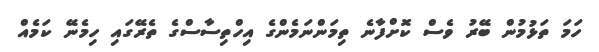
ހަމަ ތަޅުމުން ބޭރު ވެސް ކޮށްފާނެ ތިމަންނަމެންގެ އިހްތިސާސްގެ ތެރޭގައި ހިމެނޭ ކަމެއް